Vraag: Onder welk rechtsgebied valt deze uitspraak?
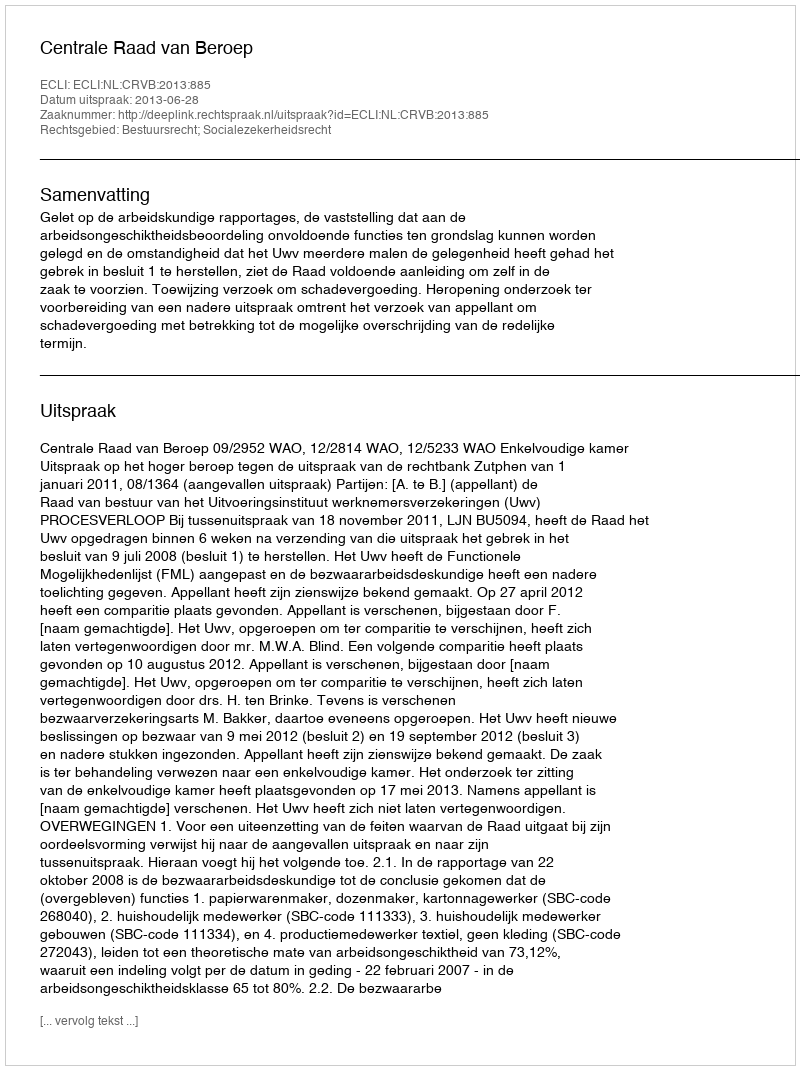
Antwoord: Bestuursrecht; Socialezekerheidsrecht